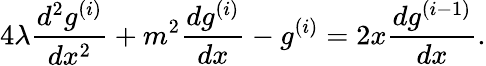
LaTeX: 4\lambda\frac{d^{2}g^{(i)}}{dx^{2}}+m^{2}\frac{dg^{(i)}}{dx}-g^{(i)}=2x\frac{dg^{(i-1)}}{dx}.